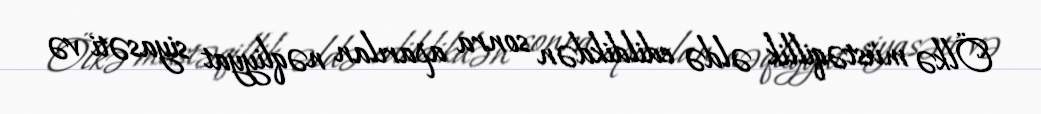
Ölkə müstəqillik əldə edildikdən sonra aparılan nəqliyyat siyasəti və